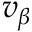
v _ { \beta }